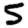
Digit: 5